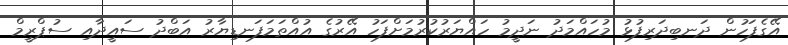
އޭގެފަހުން ދަނބިދަރިފުޅު މުހައްމަދު ނަދީމު ހައްޔަރުކުރުމަށްފަހު އޭރުގެ އުއްތަމަފަނޑިޔާރު އަބްދު ސައީދާއި ސުޕްރީމް